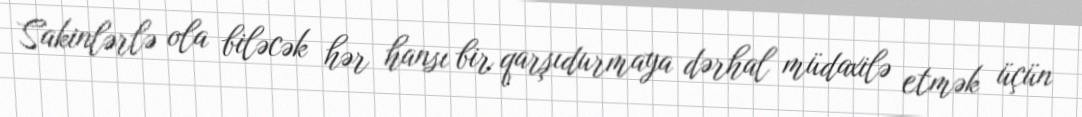
Sakinlərlə ola biləcək hər hansı bir qarşıdurmaya dərhal müdaxilə etmək üçün